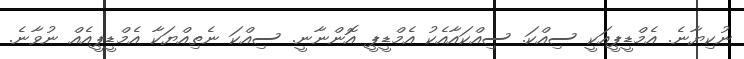
ނުކިޔާނެ. އެމްޑީޕީއަކީ ސިއްކަ. ސިއްކައާއެކު އެމްޑީޕީ އޮންނާނީ. ސިއްކަ ނެތިއްޔަކާ އެމްޑީޕީއެއް ނުވާނެ.